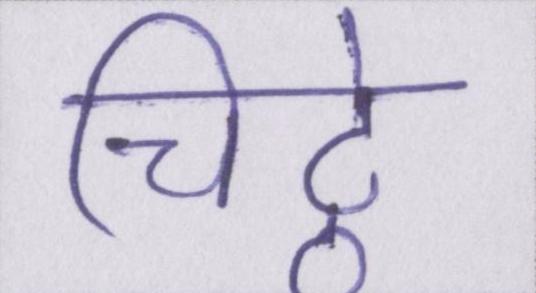
चिट्ठे